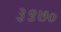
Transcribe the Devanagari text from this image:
३९७०